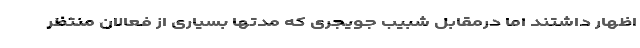
اظهار داشتند اما درمقابل شبیب جویجری که مدتها بسیاری از فعالان منتظرِ